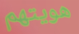
هويتهم